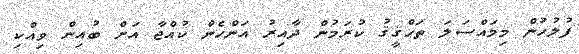
ފުލުހުން މިމައްސަލަ ތަޙްޤީޤު ކުރަމުން ދާއިރު އަންހެން ކުއްޖާ އަށް ބުއިން ވިއްކި